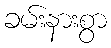
ခမ်းနားစွာ